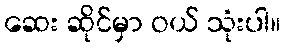
ဆေး ဆိုင်မှာ ဝယ် သုံးပါ။